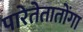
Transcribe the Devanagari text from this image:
पारेतेतातोंगा